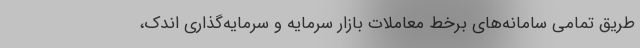
طریق تمامی سامانه‌های برخط معاملات بازار سرمایه و سرمایه‌گذاری اندک،